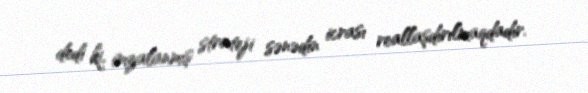
dedi ki, imzalanmış strateji sənədin icrası reallaşdırılmaqdadır.